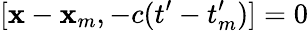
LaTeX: [\mathbf{x}-\mathbf{x}_{m},-c(t^{\prime}-t_{m}^{\prime})]=0